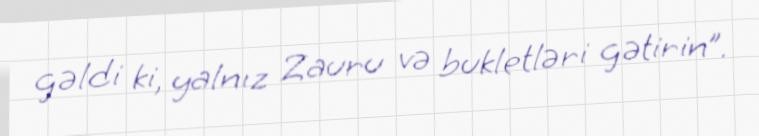
gəldi ki, yalnız Zauru və bukletləri gətirin”.